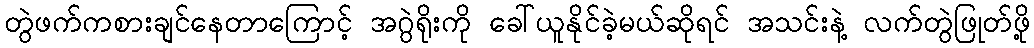
တွဲဖက်ကစားချင်နေတာကြောင့် အဂွဲရိုးကို ခေါ်ယူနိုင်ခဲ့မယ်ဆိုရင် အသင်းနဲ့ လက်တွဲဖြုတ်ဖို့